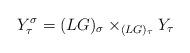
LaTeX: \begin{align*}Y_{\tau}^{\sigma} =(LG)_{\sigma} \times_{(LG)_{\tau}} Y_{\tau} \end{align*}